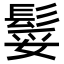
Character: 𩭏